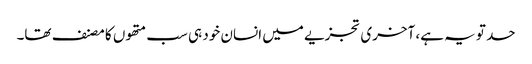
حد تو یہ ہے، آخری تجزیے میں انسان خود ہی سب متھوں کا مصنف تھا۔